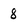
Character: 8